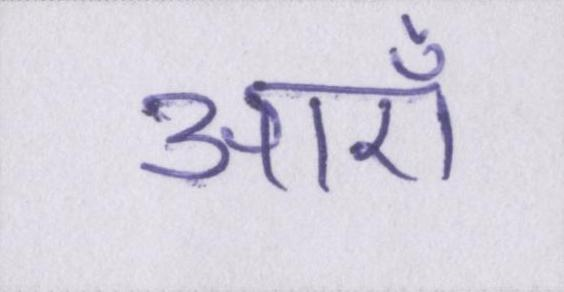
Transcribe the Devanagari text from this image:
आएँ